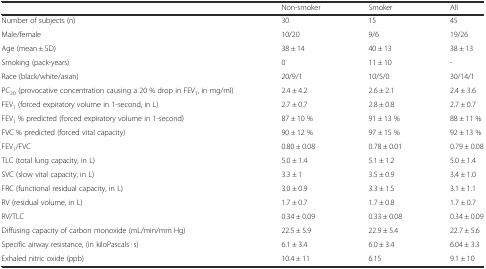
|  | Non-smoker | Smoker | All |
 | --- | --- | --- | --- |
 | Number of subjects (n) | 30 | 15 | 45 |
 | Male/female | 10/20 | 9/6 | 19/26 |
 | Age (mean ± SD) | 38 ± 14 | 40 ± 13 | 38 ± 13 |
 | Smoking (pack-years) | 0 | 11 ± 10 | - |
 | Race (black/white/asian) | 20/9/1 | 10/5/0 | 30/14/1 |
 | PC20 (provocative concentration causing a 20 % drop in FEV1, in mg/ml) | 2.4 ± 4.2 | 2.6 ± 2.1 | 2.4 ± 3.6 |
 | FEV1 (forced expiratory volume in 1-second, in L) | 2.7 ± 0.7 | 2.8 ± 0.8 | 2.7 ± 0.7 |
 | FEV1 % predicted (forced expiratory volume in 1-second) | 87 ± 10 % | 91 ± 13 % | 88 ± 11 % |
 | FVC % predicted (forced vital capacity) | 90 ± 12 % | 97 ± 15 % | 92 ± 13 % |
 | FEV1/FVC | 0.80 ± 0.08 | 0.78 ± 0.01 | 0.79 ± 0.08 |
 | TLC (total lung capacity, in L) | 5.0 ± 1.4 | 5.1 ± 1.2 | 5.0 ± 1.4 |
 | SVC (slow vital capacity, in L) | 3.3 ± 1 | 3.5 ± 0.9 | 3.4 ± 1.0 |
 | FRC (functional residual capacity, in L) | 3.0 ± 0.9 | 3.3 ± 1.5 | 3.1 ± 1.1 |
 | RV (residual volume, in L) | 1.7 ± 0.7 | 1.7 ± 0.8 | 1.7 ± 0.7 |
 | RV/TLC | 0.34 ± 0.09 | 0.33 ± 0.08 | 0.34 ± 0.09 |
 | Diffusing capacity of carbon monoxide (mL/min/mm Hg) | 22.5 ± 5.9 | 22.9 ± 5.4 | 22.7 ± 5.6 |
 | Specific airway resistance, (in kiloPascals · s) | 6.1 ± 3.4 | 6.0 ± 3.4 | 6.04 ± 3.3 |
 | Exhaled nitric oxide (ppb) | 10.4 ± 11 | 6.15 | 9.1 ± 10 |